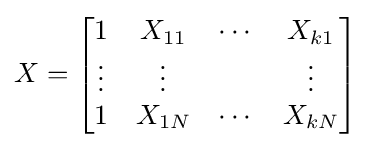
X={\begin{bmatrix}1&X_{11}&\cdots &X_{k1}\\\vdots &\vdots &&\vdots \\1&X_{1N}&\cdots &X_{kN}\end{bmatrix}}